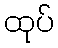
ထုပ်